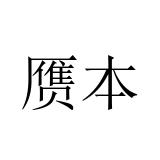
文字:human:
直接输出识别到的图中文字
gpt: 赝本